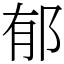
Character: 郁